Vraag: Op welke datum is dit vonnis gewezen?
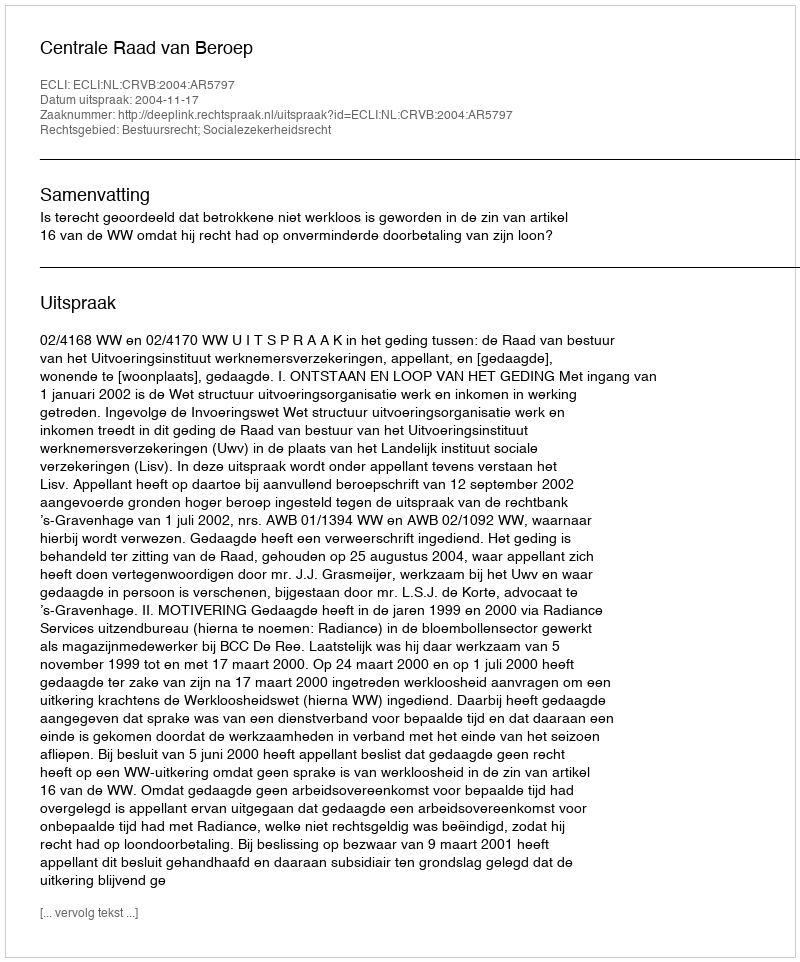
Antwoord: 2004-11-17